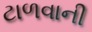
ટાળવાની